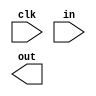
// Implement the following D flip-flop

module top_module (
    input clk,
    input in, 
    output out);

    // Insert your code here

endmodule